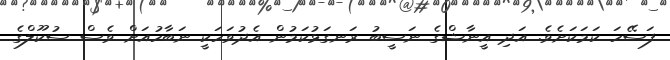
ފަސޭހަ ކަމަކަށެވެ. އަދި އީނާޝްގެ ނަސީބު ރަނގަޅުކަމުން އެދުވަހަކީ ނަބާހުއަށް ވެސް ސުކޫލްގެ